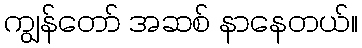
ကျွန်တော် အဆစ် နာနေတယ်။